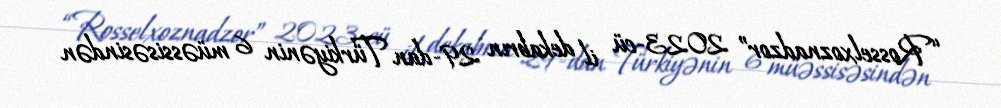
“Rosselxoznadzor” 2023-cü il dekabrın 29-dan Türkiyənin 6 müəssisəsindən